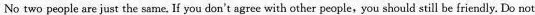
No two people are just the same,lf you don't agree with other people,you should still be friendly. Do not